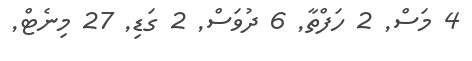
4 މަސް